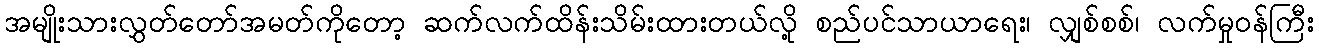
အမျိုးသားလွှတ်တော်အမတ်ကိုတော့ ဆက်လက်ထိန်းသိမ်းထားတယ်လို့ စည်ပင်သာယာရေး၊ လျှစ်စစ်၊ လက်မှုဝန်ကြီး